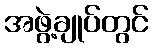
အဖွဲ့ချုပ်တွင်